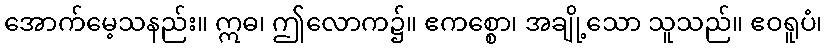
အောက်မေ့သနည်း။ ဣဓ၊ ဤလောက၌။ ဧကစ္စော၊ အချို့သော သူသည်။ ဧဝရူပံ၊